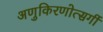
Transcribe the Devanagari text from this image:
अणुकिरणोत्सर्गी